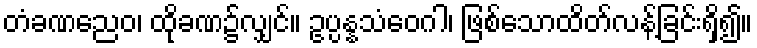
တံခဏညေဝ၊ ထိုခဏ၌လျှင်။ ဥပ္ပန္နသံဝေဂါ၊ ဖြစ်သောထိတ်လန့်ခြင်းရှိ၍။